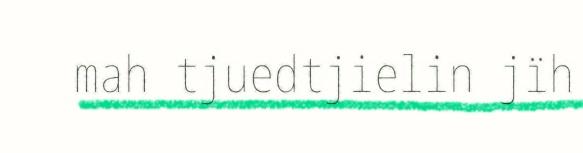
mah tjuedtjielin jïh